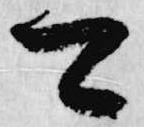
可